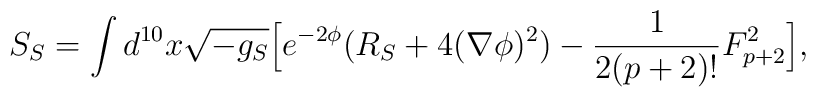
S_S = \int d^{10} x \sqrt{-g_S}   \Big[ e^{-2\phi}( R_S  + 4 (\nabla \phi)^2) - { 1 \over 2(p+2)!} F^2_{p+2} \Big],